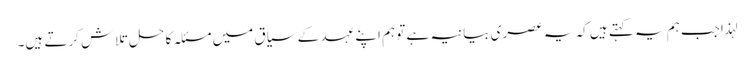
لہذاجب ہم یہ کہتے ہیں کہ یہ عصری بیانیہ ہے تو ہم اپنے عہد کے سیاق میں مسئلہ کا حل تلاش کرتے ہیں۔